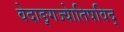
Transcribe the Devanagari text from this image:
वेदाङ्गज्याेतिषविद्